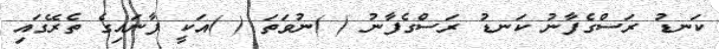
ކަނޑު ރަސްގެފާނު ކަނޑު ރަސްގެފާނު ( )ނުވަތަ ( )އަކީ ފާނައިގެ ތެރޭގައި